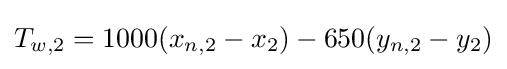
T_{w,2}=1000(x_{n,2}-x_{2})-650(y_{n,2}-y_{2})